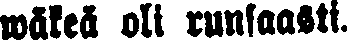
wäkeä oli runsaasti.